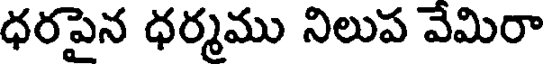
ధరపైన ధర్మము నిలుప వేమిరా